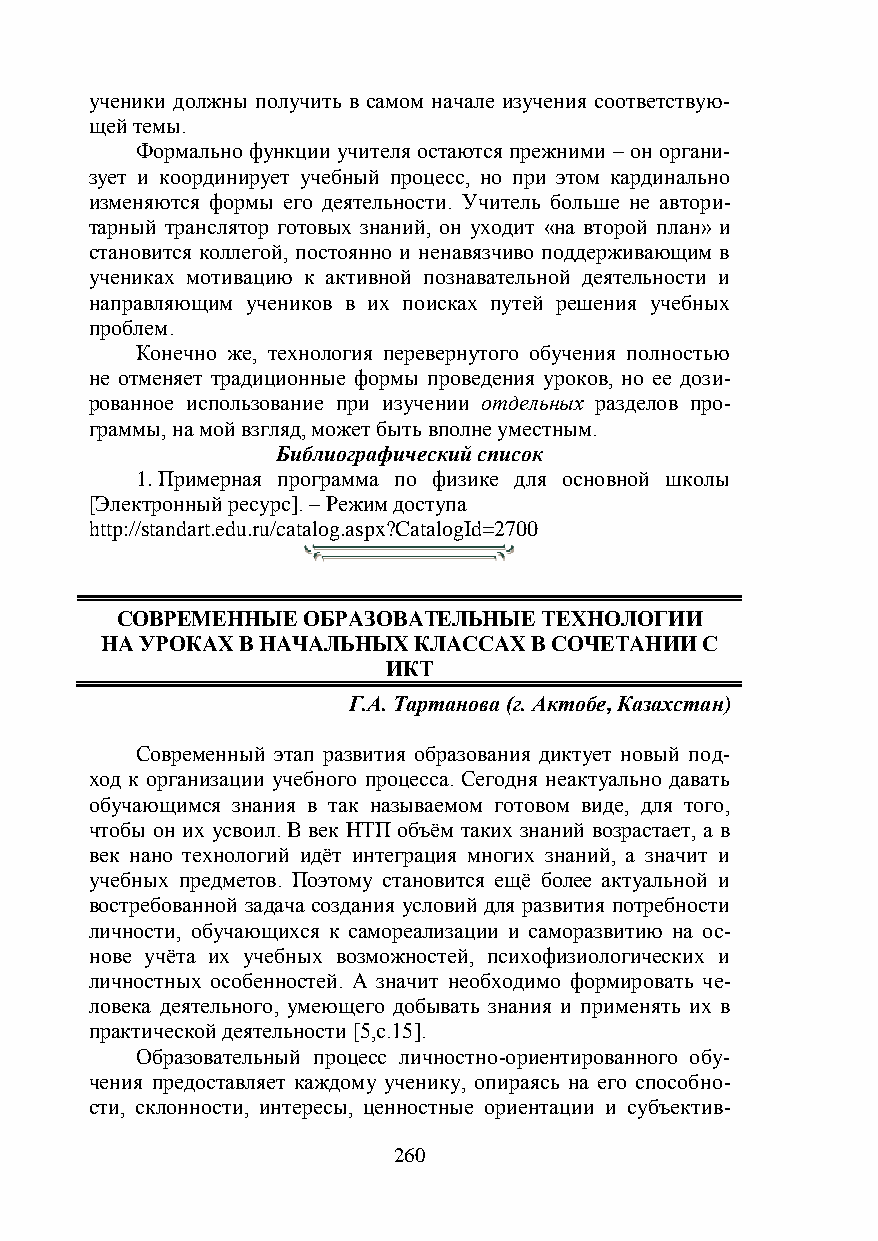
ученики должны получить в самом начале изучения соответствую-
 щей темы.
 Формально функции учителя остаются прежними – он органи-
 зует и координирует учебный процесс, но при этом кардинально
 изменяются формы его деятельности. Учитель больше не автори-
 тарный транслятор готовых знаний, он уходит «на второй план» и
 становится коллегой, постоянно и ненавязчиво поддерживающим в
 учениках мотивацию к активной познавательной деятельности и
 направляющим учеников в их поисках путей решения учебных
 проблем.
 Конечно же, технология перевернутого обучения полностью
 не отменяет традиционные формы проведения уроков, но ее дози-
 рованное использование при изучении отдельных разделов про-
 граммы, на мой взгляд, может быть вполне уместным.
 Библиографический список
 1. Примерная программа по физике для основной школы
 [Электронный ресурс]. – Режим доступа
 http://standart.edu.ru/catalog.aspx?CatalogId=2700
 СОВРЕМЕННЫЕ ОБРАЗОВАТЕЛЬНЫЕ ТЕХНОЛОГИИ
 НА УРОКАХ В НАЧАЛЬНЫХ КЛАССАХ В СОЧЕТАНИИ С
 ИКТ
 Г.А. Тартанова (г. Актобе, Казахстан)
 Современный этап развития образования диктует новый под-
 ход к организации учебного процесса. Сегодня неактуально давать
 обучающимся знания в так называемом готовом виде, для того,
 чтобы он их усвоил. В век НТП объём таких знаний возрастает, а в
 век нано технологий идёт интеграция многих знаний, а значит и
 учебных предметов. Поэтому становится ещё более актуальной и
 востребованной задача создания условий для развития потребности
 личности, обучающихся к самореализации и саморазвитию на ос-
 нове учёта их учебных возможностей, психофизиологических и
 личностных особенностей. А значит необходимо формировать че-
 ловека деятельного, умеющего добывать знания и применять их в
 практической деятельности [5,с.15].
 Образовательный процесс личностно-ориентированного обу-
 чения предоставляет каждому ученику, опираясь на его способно-
 сти, склонности, интересы, ценностные ориентации и субъектив-
 260